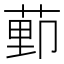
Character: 𫈩